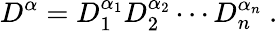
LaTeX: D^{\alpha}=D_{1}^{\alpha_{1}}D_{2}^{\alpha_{2}}\cdots D_{n}^{\alpha_{n}}\ .